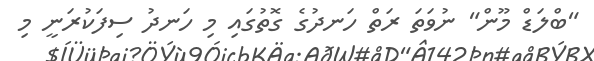
"ބްލަޑް މޫން" ނުވަތަ ރަތް ހަނދުގެ ގޮތުގައި މި ހަނދު ސިފަކުރަނީ މި